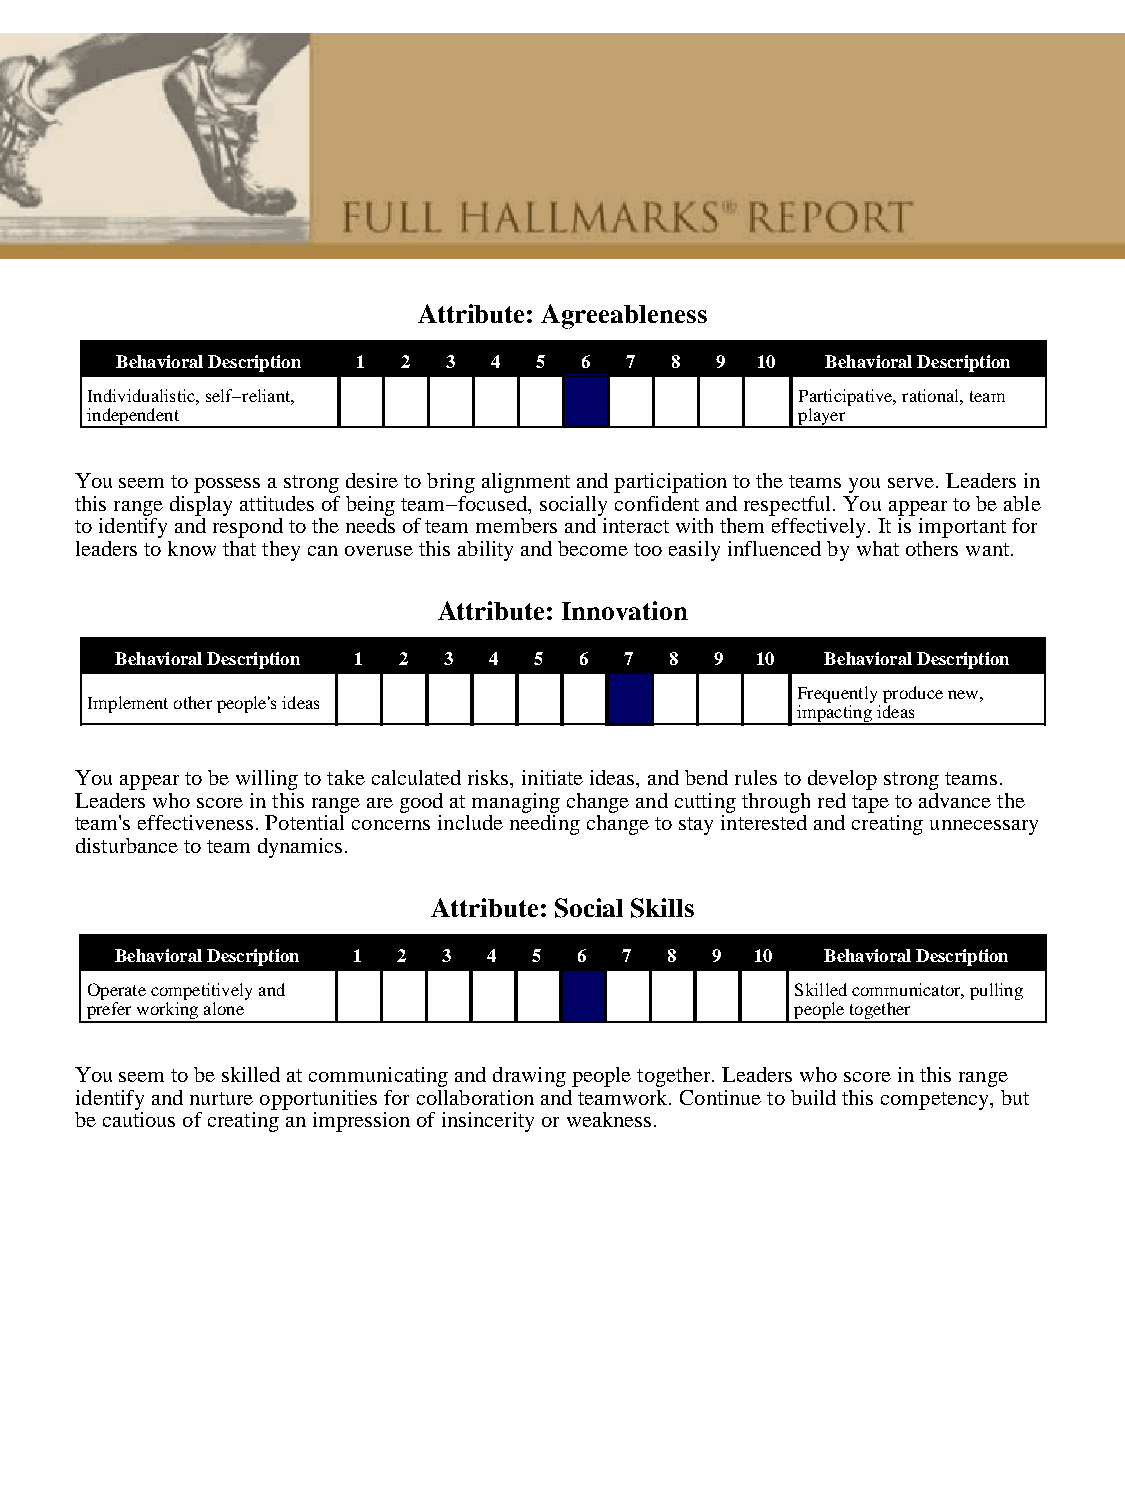
Attribute: Agreeableness
 Behavioral Description 1 2 3 4 5 6 7 8 9  10   Behavioral Description
 Individualistic, self−reliant,                 Participative, rational, team
 independent                                    player
 You seem to possess a strong desire to bring alignment and participation to the teams you serve. Leaders in
 this range display attitudes of being team−focused, socially confident and respectful. You appear to be able
 to identify and respond to the needs of team members and interact with them effectively. It is important for
 leaders to know that they can overuse this ability and become too easily influenced by what others want.
 Attribute: Innovation
 Behavioral Description 1 2 3 4 5 6 7 8 9  10   Behavioral Description
 Frequently produce new,
 Implement other people's ideas
 impacting ideas
 You appear to be willing to take calculated risks, initiate ideas, and bend rules to develop strong teams.
 Leaders who score in this range are good at managing change and cutting through red tape to advance the
 team's effectiveness. Potential concerns include needing change to stay interested and creating unnecessary
 disturbance to team dynamics.
 Attribute: Social Skills
 Behavioral Description 1 2 3 4 5 6 7 8 9  10   Behavioral Description
 Operate competitively and                      Skilled communicator, pulling
 prefer working alone                           people together
 You seem to be skilled at communicating and drawing people together. Leaders who score in this range
 identify and nurture opportunities for collaboration and teamwork. Continue to build this competency, but
 be cautious of creating an impression of insincerity or weakness.